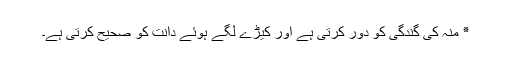
٭ منہ کی گندگی کو دور کرتی ہے اور کیڑے لگے ہوئے دانت کو صحیح کرتی ہے۔